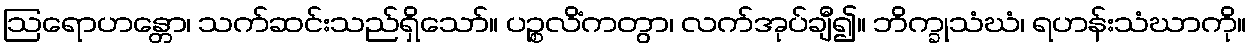
ဩရောဟန္တော၊ သက်ဆင်းသည်ရှိသော်။ ပဉ္စလိံကတွာ၊ လက်အုပ်ချီ၍။ ဘိက္ခုသံဃံ၊ ရဟန်းသံဃာကို။